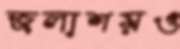
জলাশয়ও